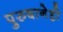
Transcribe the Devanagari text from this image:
पुरुषानेही